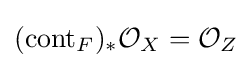
(\operatorname {cont} _{F})_{*}{\mathcal {O}}_{X}={\mathcal {O}}_{Z}